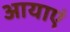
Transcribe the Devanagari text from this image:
आयाएं